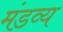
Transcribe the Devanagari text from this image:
मंडव्य